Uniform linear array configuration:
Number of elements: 64
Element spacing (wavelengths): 0.5
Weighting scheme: kaiser
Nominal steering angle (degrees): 0
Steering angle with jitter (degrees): -0.4137
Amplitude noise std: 0.05
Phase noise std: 0.05

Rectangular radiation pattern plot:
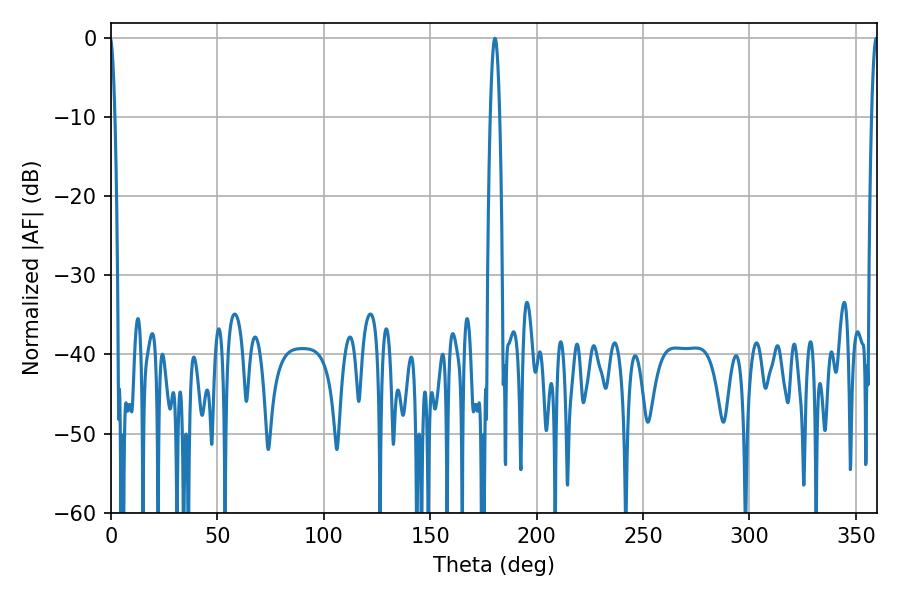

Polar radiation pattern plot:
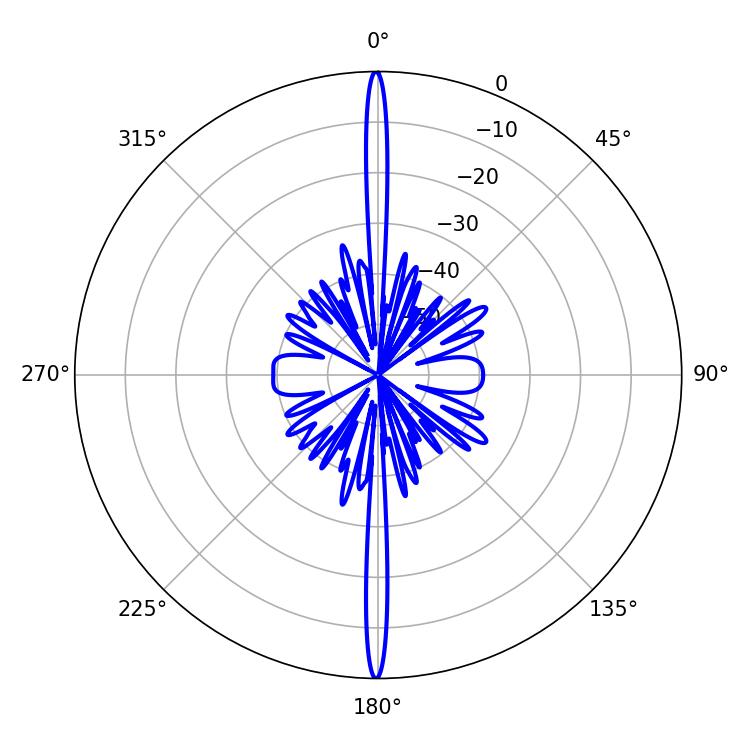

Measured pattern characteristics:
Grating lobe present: FALSE
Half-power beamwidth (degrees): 2.34
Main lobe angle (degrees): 180.36